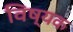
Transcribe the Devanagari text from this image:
विष्यक